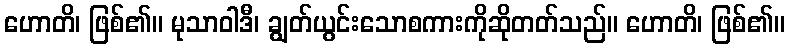
ဟောတိ၊ ဖြစ်၏။ မုသာဝါဒီ၊ ချွတ်ယွင်းသောစကားကိုဆိုတတ်သည်။ ဟောတိ၊ ဖြစ်၏။